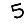
Digit: 5